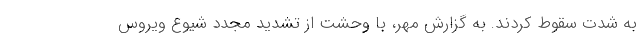
به شدت سقوط کردند. به گزارش مهر، با وحشت از تشدید مجدد شیوع ویروس